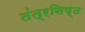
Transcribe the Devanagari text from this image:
तंत्रनिष्ठ